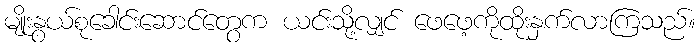
မျိုးနွယ်စုခေါင်းဆောင်တွေက ယင်းသို့လျှင် ဖေဖေ့ကိုထိုးနှက်လာကြသည်။